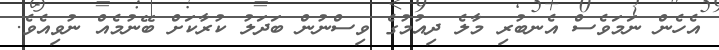
އެހެން ނަމަވެސް އެނބުރި މާލެ ދިއުމުގެ ވިސްނުން ބަދަލު ކުރާކަށް ބޭނުމެއް ނުވިއެވެ.